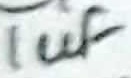
Text: 1uF